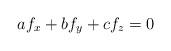
LaTeX: \begin{align*} af_x+bf_y+cf_z=0\end{align*}